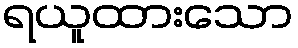
ရယူထားသော